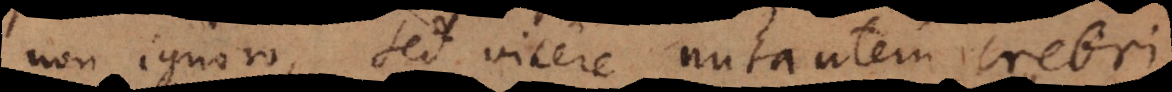
non ignoro, sed vicere nutantem crebri